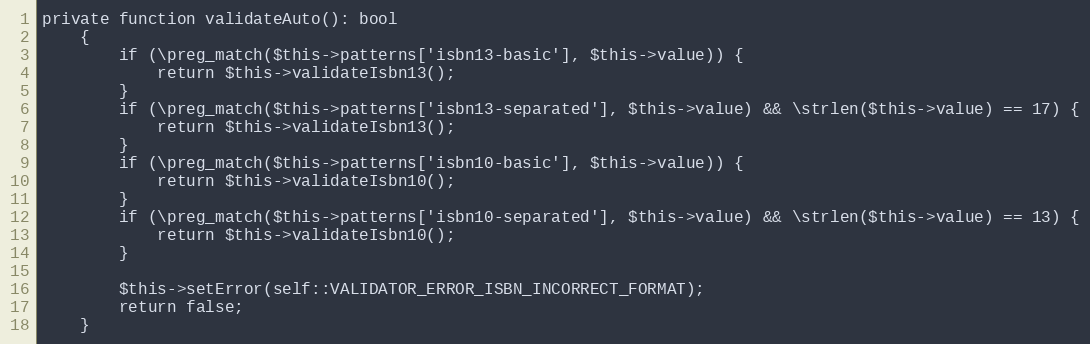
Language: PHP
private function validateAuto(): bool
    {
        if (\preg_match($this->patterns['isbn13-basic'], $this->value)) {
            return $this->validateIsbn13();
        }
        if (\preg_match($this->patterns['isbn13-separated'], $this->value) && \strlen($this->value) == 17) {
            return $this->validateIsbn13();
        }
        if (\preg_match($this->patterns['isbn10-basic'], $this->value)) {
            return $this->validateIsbn10();
        }
        if (\preg_match($this->patterns['isbn10-separated'], $this->value) && \strlen($this->value) == 13) {
            return $this->validateIsbn10();
        }

        $this->setError(self::VALIDATOR_ERROR_ISBN_INCORRECT_FORMAT);
        return false;
    }